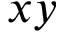
x y